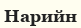
Нарийн